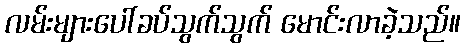
လမ်းများပေါ်ခပ်သွက်သွက် မောင်းလာခဲ့သည်။